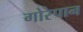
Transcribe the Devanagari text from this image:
गोरेपान